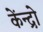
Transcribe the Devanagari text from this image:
केंन्द्रो